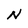
Character: N